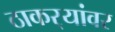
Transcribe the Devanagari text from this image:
ठाकर्‍यांवर